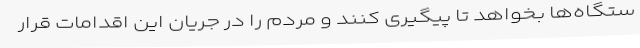
ستگاه‌ها بخواهد تا پیگیری کنند و مردم را در جریان این اقدامات قرار